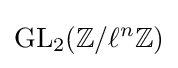
\operatorname {GL} _{2}(\mathbb {Z} /\ell ^{n}\mathbb {Z} )